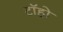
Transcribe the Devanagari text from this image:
टॉहो